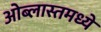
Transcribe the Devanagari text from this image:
ओब्लास्तमध्ये